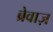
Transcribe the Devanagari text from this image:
ब्रेवाज़